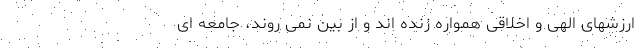
ارزشهای الهی و اخلاقی همواره زنده اند و از بین نمی روند، جامعه ای